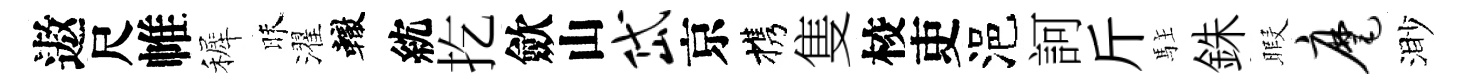
遨尺帷裤昧濯轍紞扢歛山岱京携隻校吏浥訶斤駐銖暇麾渺